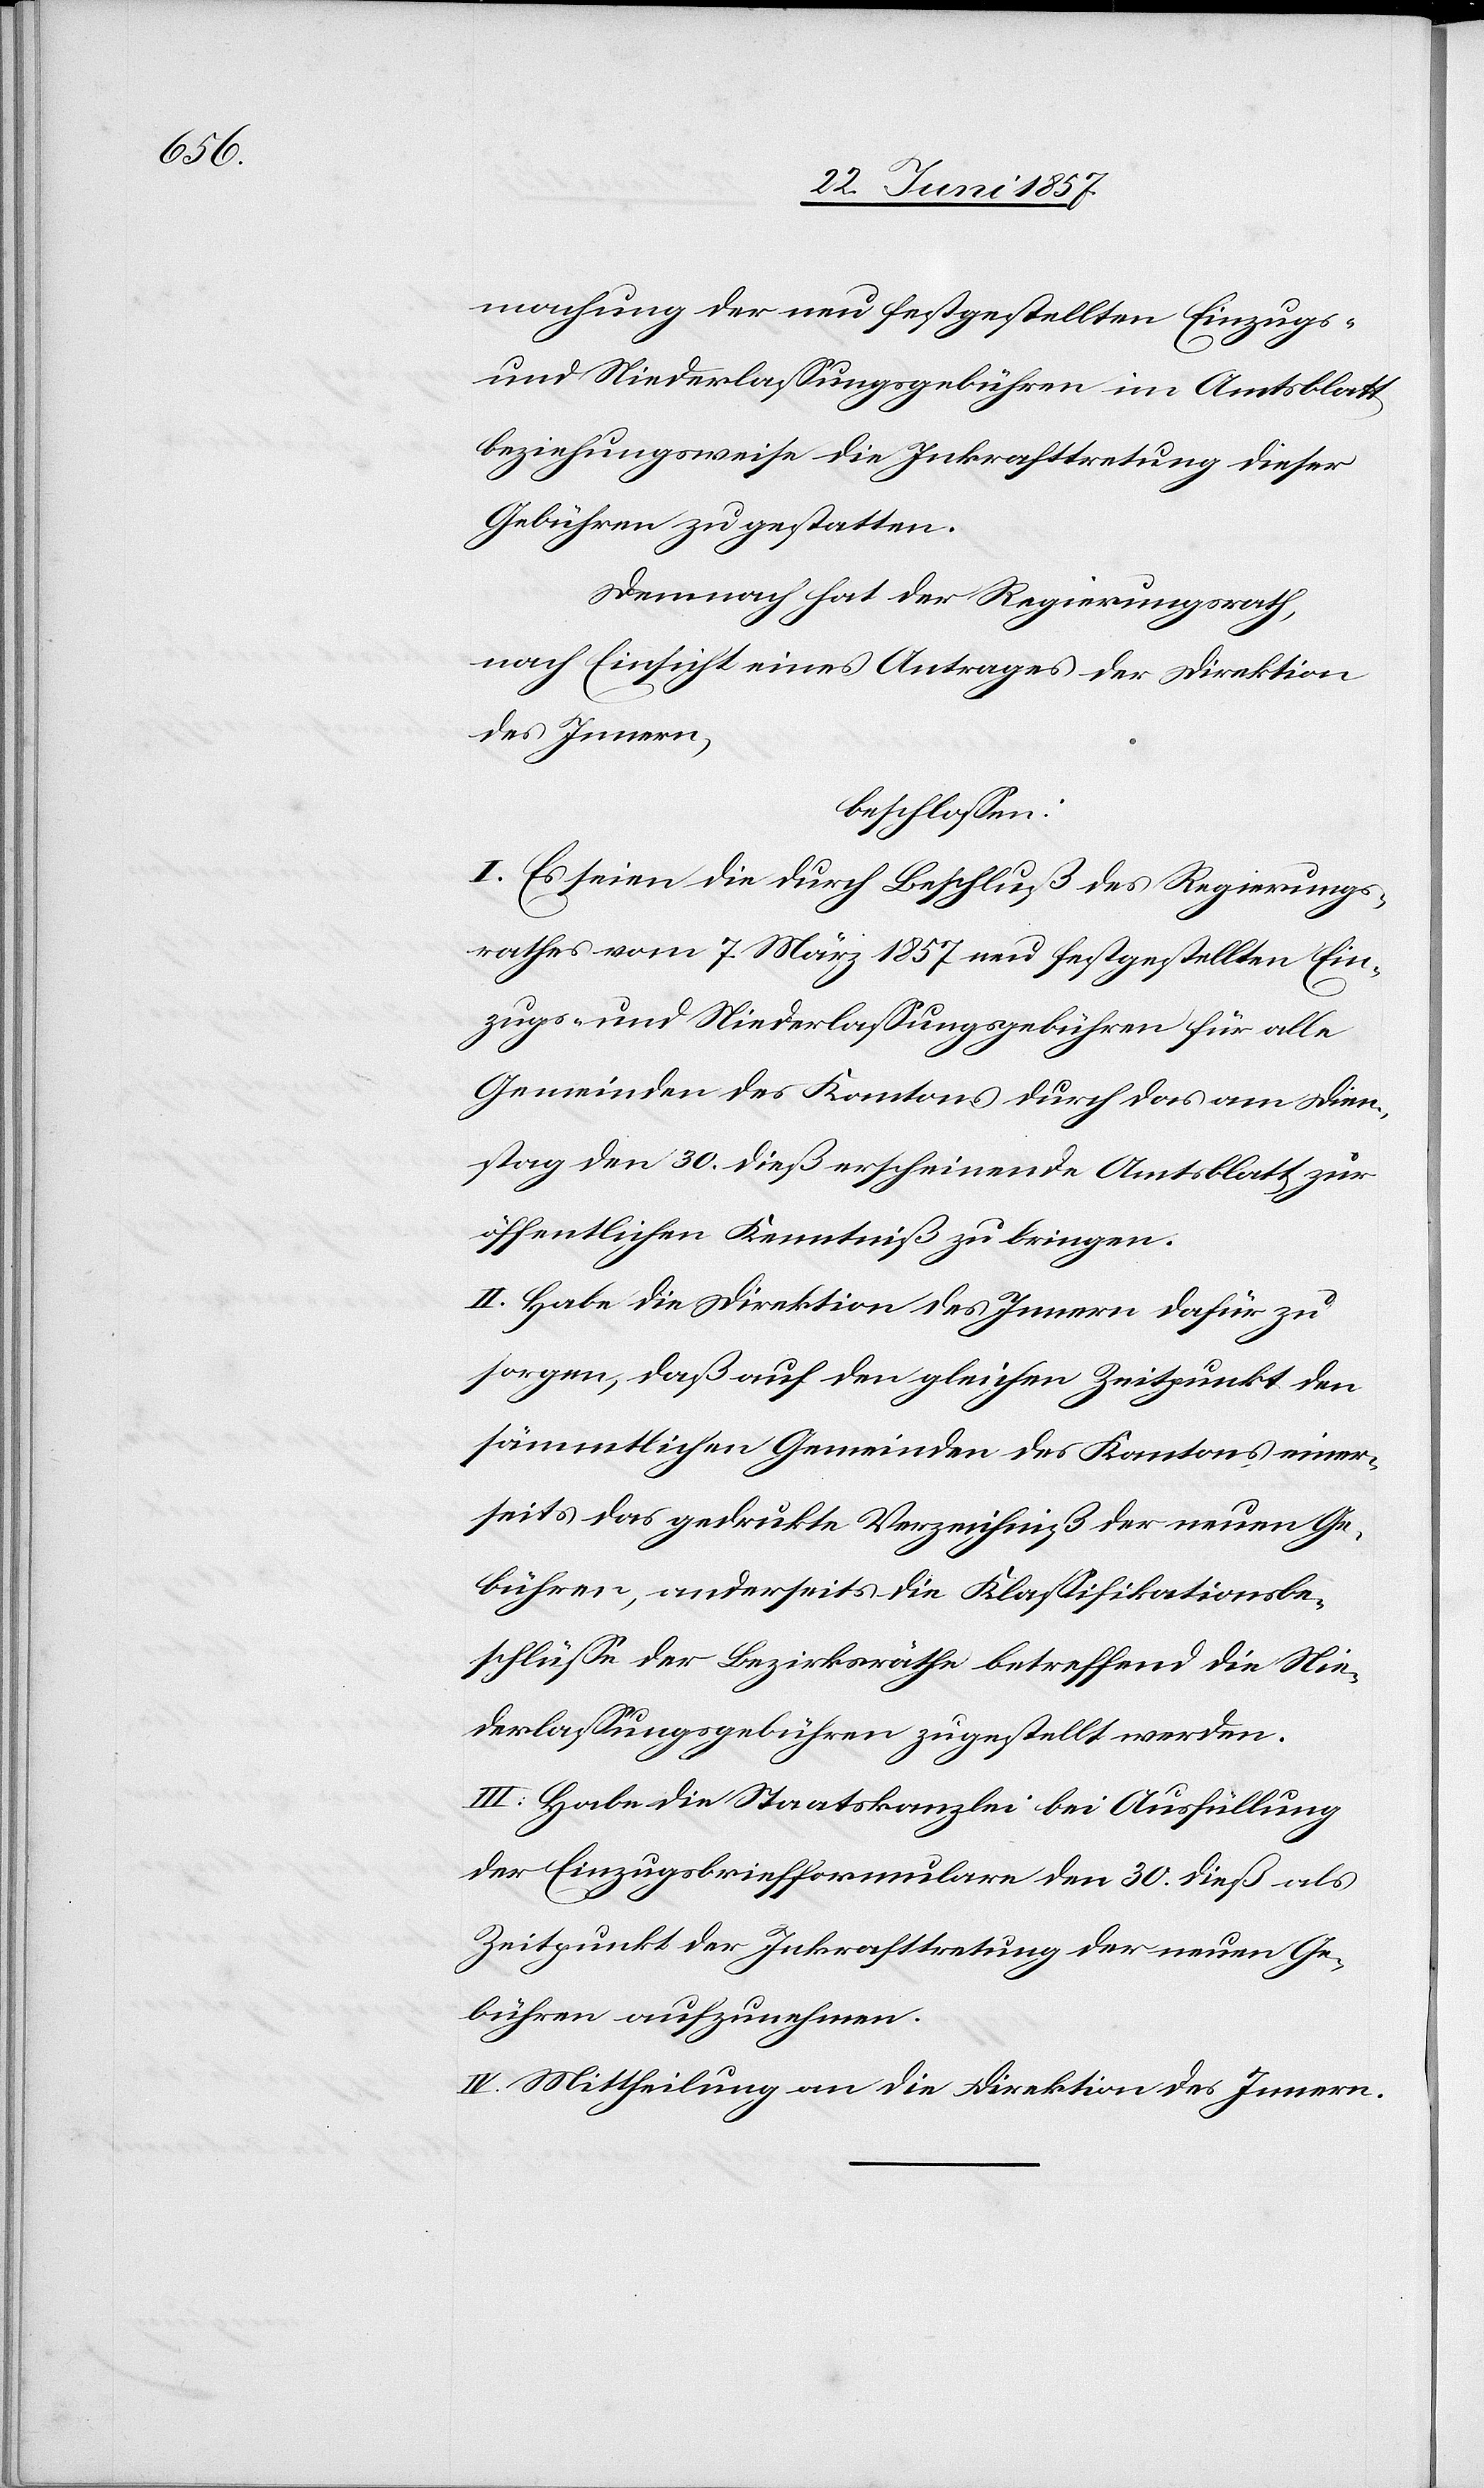
machung der neu festgestellten Einzugs-
und Niederlassungsgebühren im Amtsblatt
beziehungsweise die Inkrafttretung dieser
Gebühren zu gestatten.
Demnach hat der Regierungsrath,
nach Einsicht eines Antrages der Direktion
des Innern,
beschlossen:
I. Es seien die durch Beschluß des Regierungs¬
rathes vom 7 März 1857 neu festgestellten Ein¬
zugs- und Niederlassungsgebühren für alle
Gemeinden des Kantons durch das am Dien¬
stag den 30 dieß erscheinende Amtsblatt zur
öffentlichen Kenntniß zu bringen.
II. Habe die Direktion des Innern dafür zu
sorgen, daß auf den gleichen Zeitpunkt den
sämmtlichen Gemeinden des Kantons einer¬
seits das gedruckte Verzeichniß der neuen Ge¬
bühren, anderseits die Klassifikationsbe¬
schlüsse der Bezirksräthe betreffend die Nie¬
derlassungsgebühren zugestellt werden.
III. Habe die Staatskanzlei bei Ausfüllung
der Einzugsbriefformulare den 30 dieß als
Zeitpunkt der Inkrafttretung der neuen Ge¬
bühren aufzunehmen.
IV. Mittheilung an die Direktion des Innern.